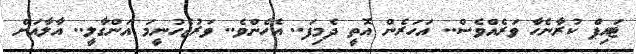
ޓައިޕް ކުރާނެހާ ވަރެއްވެސް.. އަހަރެން އޮތީ ދެމިފަ.. އެހެންވެ.. ވަރުޖެހުނީމަ އަންގާލީ.. އާލާއަށް